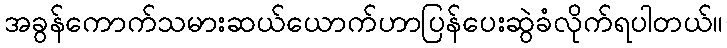
အခွန်ကောက်သမားဆယ်ယောက်ဟာပြန်ပေးဆွဲခံလိုက်ရပါတယ်။